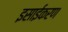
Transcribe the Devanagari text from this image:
इसाईकरण